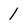
Character: 1